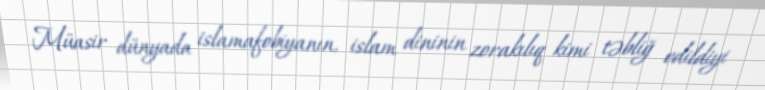
Müasir dünyada islamafobiyanın, islam dininin zorakılıq kimi təbliğ edildiyi